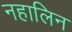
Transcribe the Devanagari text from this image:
नहालिन